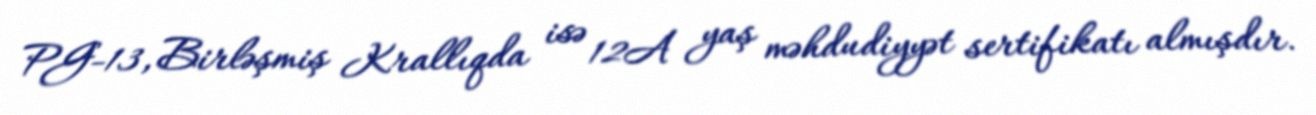
PG-13, Birləşmiş Krallıqda isə 12A yaş məhdudiyyət sertifikatı almışdır.